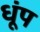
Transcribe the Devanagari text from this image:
धूंप